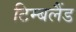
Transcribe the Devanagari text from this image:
टिम्बलैंड